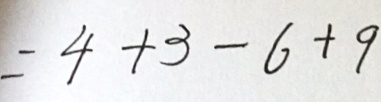
= 4 + 3 - 6 + 9